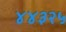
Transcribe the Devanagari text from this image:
४४३२५